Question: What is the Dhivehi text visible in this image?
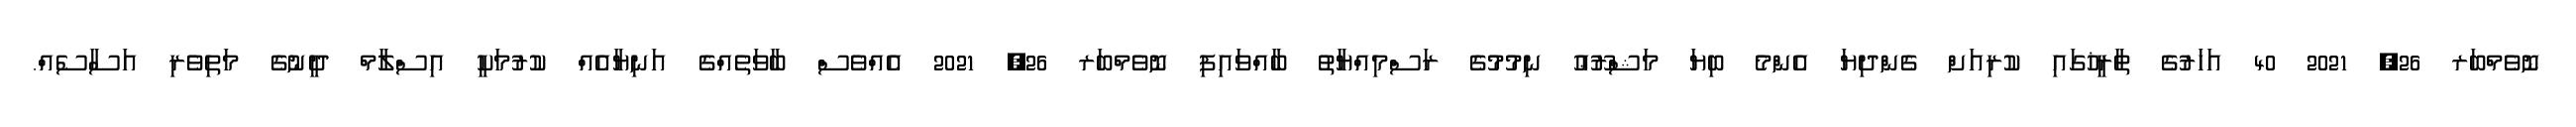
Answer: ނޮވެމްބަރ 26, 2021 40 އަހަރުގެ ތާރީޚުގައި ކުރިއަށް ގެންދިޔަ އެންމެ ބިޔަ މަޝްރޫޢު ނިމުމުގެ ރަސްމިއްޔާތު ބާއްވައިފި ނޮވެމްބަރ 26, 2021 އެއްވެސް ބާވަތެއްގެ އަނިޔާއެއް ކުރުމަކީ އިސްލާމް ދީނުގެ މަތިވެރި އަސާސެއް.